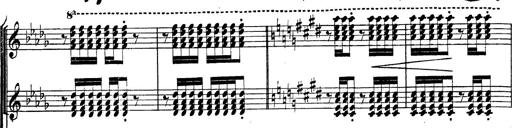
Title: BÃ©nÃ©diction et serment
Composer: Franz Liszt